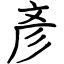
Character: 彥